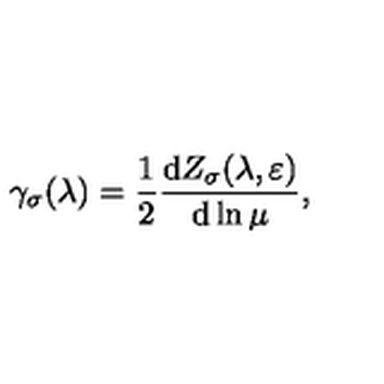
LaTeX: \gamma _ { \sigma } ( \lambda ) = \frac { 1 } { 2 } \frac { \mathrm { d } Z _ { \sigma } ( \lambda , \varepsilon ) } { \mathrm { d } \ln \mu } ,